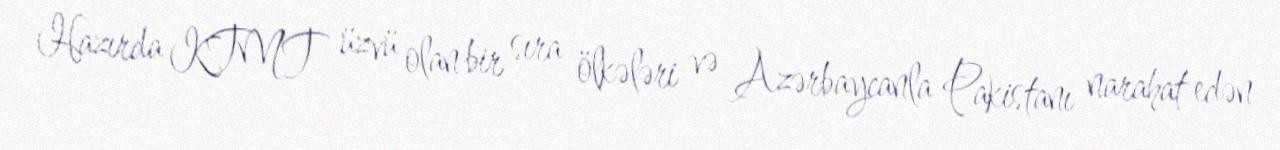
Hazırda KTMT üzvü olan bir sıra ölkələri və Azərbaycanla Pakistanı narahat edən